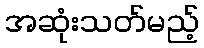
အဆုံးသတ်မည့်